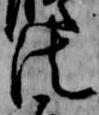
法